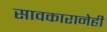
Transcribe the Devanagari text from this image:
सावकारानेही